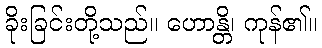
ခိုးခြင်းတို့သည်။ ဟောန္တိ၊ ကုန်၏။